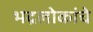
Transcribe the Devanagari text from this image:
भद्रलोकांचे